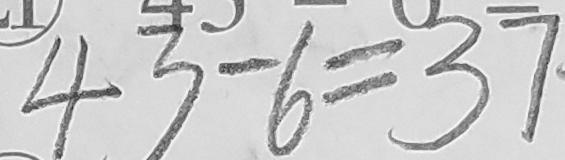
4 3 - 6 = 3 7 \cdot